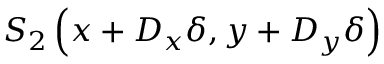
S _ { 2 } \left( x + D _ { x } \delta , y + D _ { y } \delta \right)